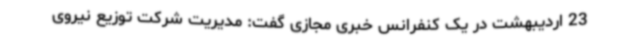
23 اردیبهشت در یک کنفرانس خبری مجازی گفت: مدیریت شرکت توزیع نیروی